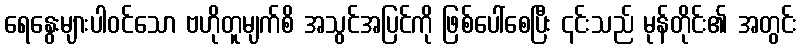
ရေနွေးများပါဝင်သော ဗဟိုတူမျက်စိ အသွင်အပြင်ကို ဖြစ်ပေါ်စေပြီး ၎င်းသည် မုန်တိုင်း၏ အတွင်း